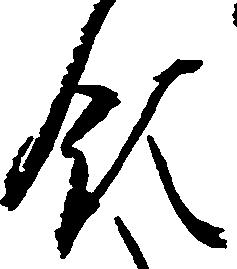
領